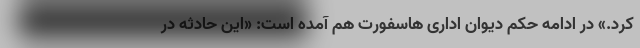
کرد.» در ادامه حکم دیوان اداری هاسفورت هم آمده است: «این حادثه در